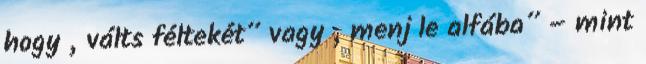
hogy „válts féltekét” vagy „menj le alfába” – mint